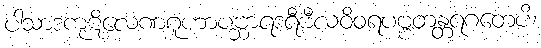
ပါသာဒကုဋိလေဏဂူဟာပဗ္ဘာရဒရီဗီလဝိဝရပဗ္ဗတန္တရဂတေပိ၊